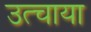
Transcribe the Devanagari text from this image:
उत्चाया